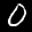
Label: 0